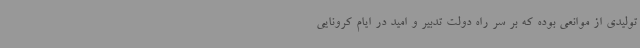
تولیدی از موانعی بوده که بر سر راه دولت تدبیر و امید در ایام کرونایی